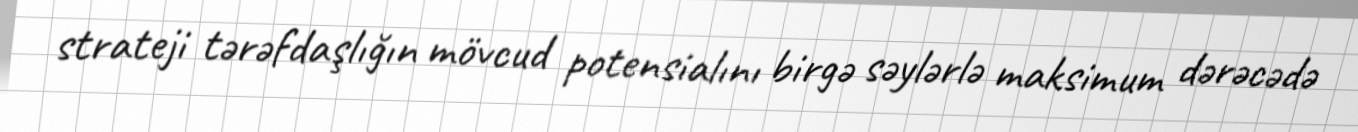
strateji tərəfdaşlığın mövcud potensialını birgə səylərlə maksimum dərəcədə